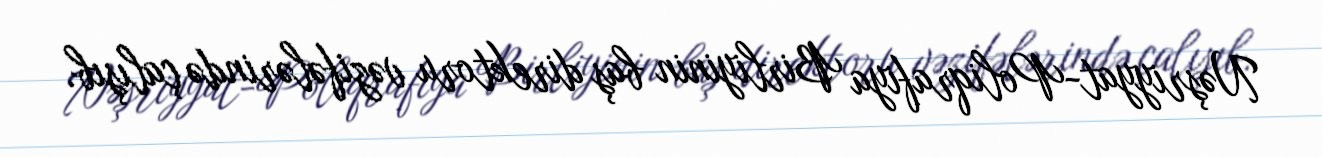
Nəşriyyat-Poliqrafiya Birliyinin baş direktoru vəzifələrində çalışıb.